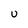
Character: U